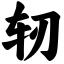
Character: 轫